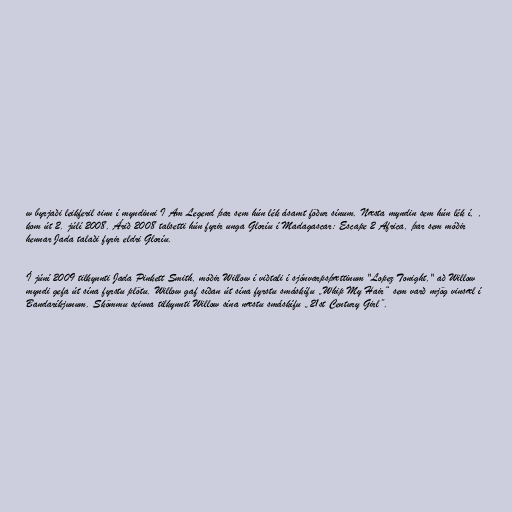
w byrjaði leikferil sinn í myndinni I Am Legend þar sem hún lék ásamt föður sínum. Næsta myndin sem hún lék í, ,
kom út 2. júlí 2008. Árið 2008 talsetti hún fyrir unga Gloríu í Madagascar: Escape 2 Africa, þar sem móðir
hennar Jada talaði fyrir eldri Gloríu.

Í júní 2009 tilkynnti Jada Pinkett Smith, móðir Willow í viðtali í sjónvarpsþættinum "Lopez Tonight," að Willow
myndi gefa út sína fyrstu plötu. Willow gaf síðan út sína fyrstu smáskífu „Whip My Hair“ sem varð mjög vinsæl í
Bandaríkjunum. Skömmu seinna tilkynnti Willow sína næstu smáskífu „21st Century Girl”.